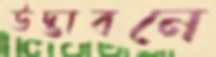
উদ্ভাবনে